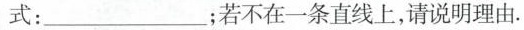
式：________；若不在一条直线上，请说明理由。